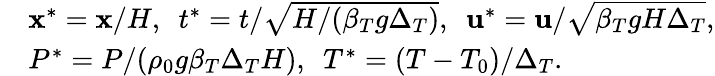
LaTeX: \begin{array}{rl}&{\mathbf{x}^{*}=\mathbf{x}/H,\ \ t^{*}=t/\sqrt{H/(\beta_{T}g\Delta_{T})},\ \ \mathbf{u}^{*}=\mathbf{u}/\sqrt{\beta_{T}gH\Delta_{T}},}\\ &{P^{*}=P/(\rho_{0}g\beta_{T}\Delta_{T}H),\ \ T^{*}=(T-T_{0})/\Delta_{T}.}\end{array}